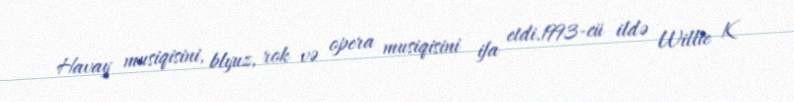
Havay musiqisini, blyuz, rok və opera musiqisini ifa etdi.1993-cü ildə Willie K